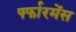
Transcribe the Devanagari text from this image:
र्फ्फारमेंस